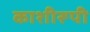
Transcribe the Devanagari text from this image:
काशीरूपी